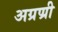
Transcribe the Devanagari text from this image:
अग्रण्री